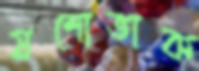
যশোভাক